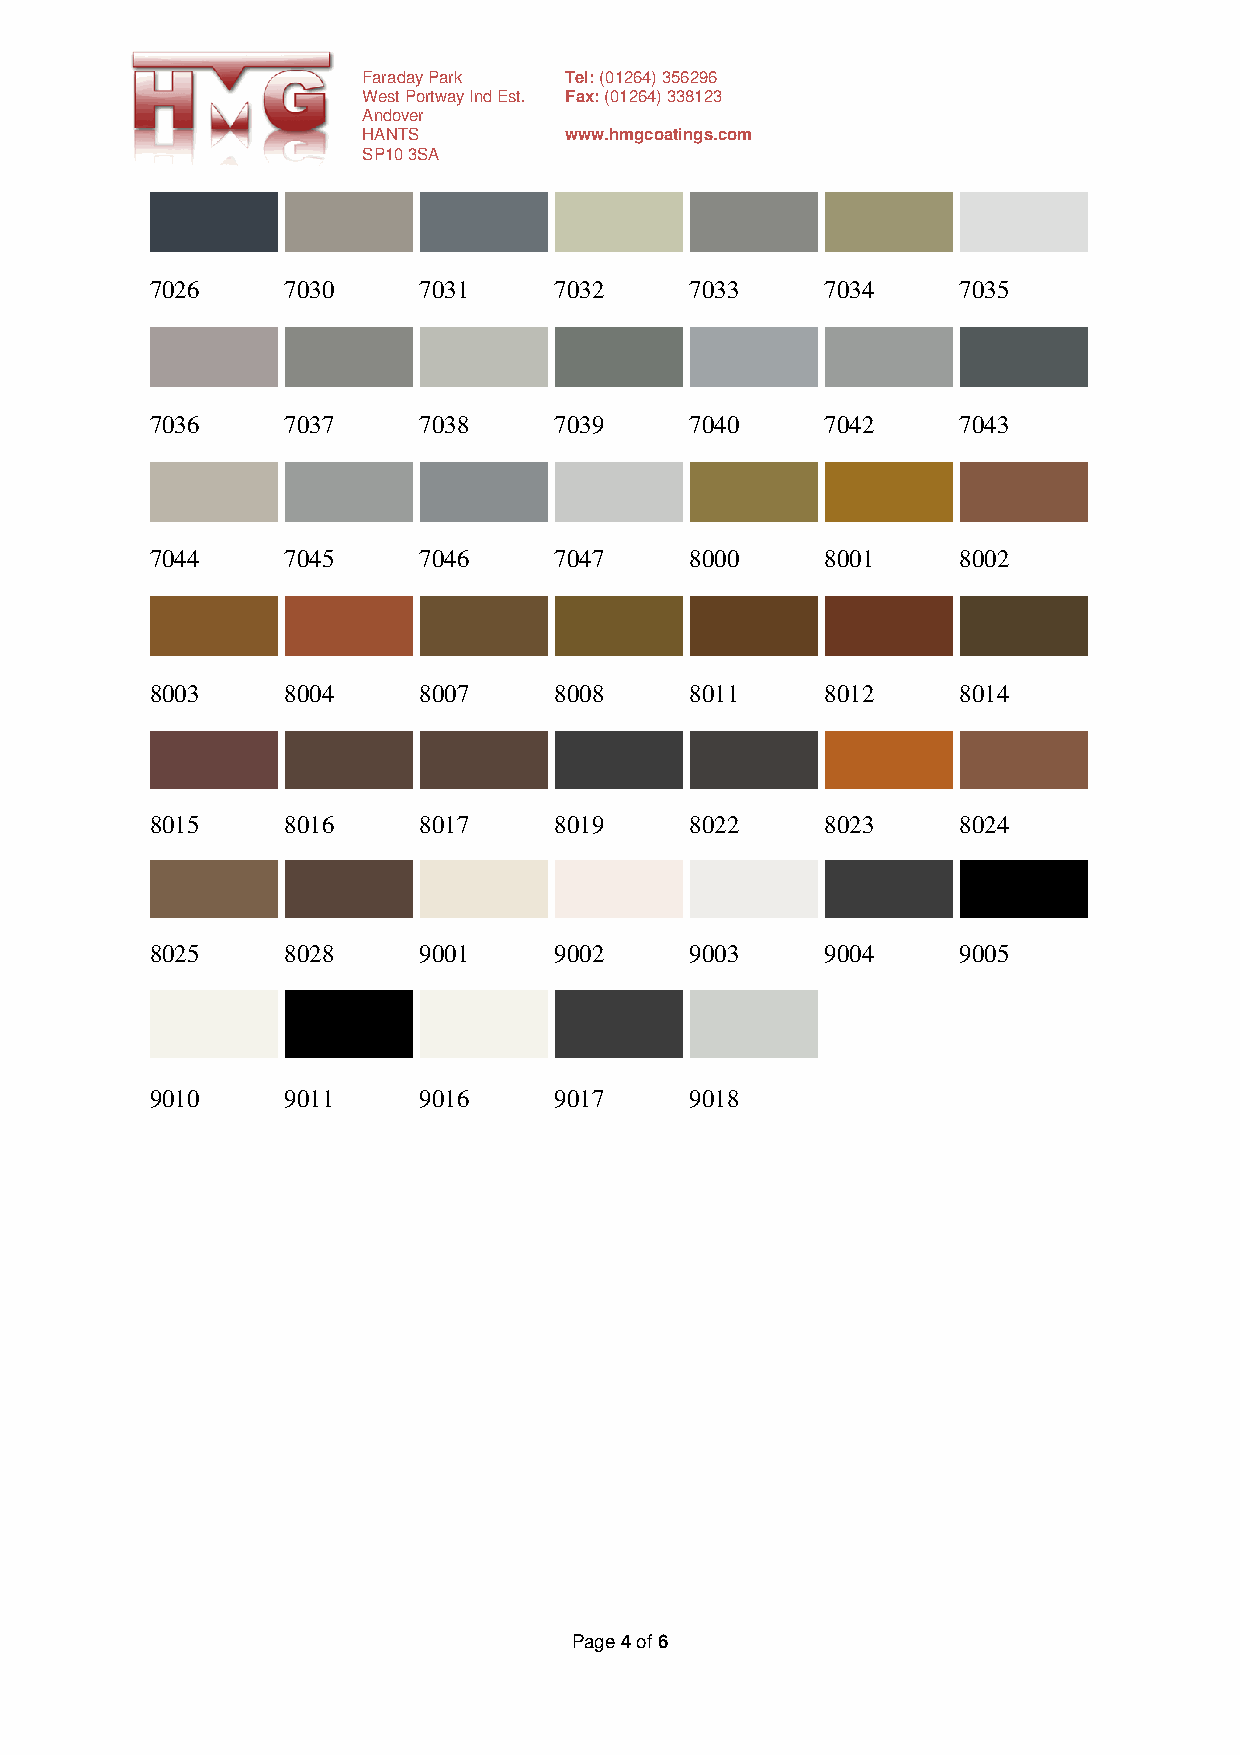
Faraday Park Tel: (01264) 356296
 West Portway Ind Est. Fax: (01264) 338123
 Andover
 HANTS        www.hmgcoatings.com
 SP10 3SA
 7026     7030     7031     7032     7033     7034     7035
 7036     7037     7038     7039     7040     7042     7043
 7044     7045     7046     7047     8000     8001     8002
 8003     8004     8007     8008     8011     8012     8014
 8015     8016     8017     8019     8022     8023     8024
 8025     8028     9001     9002     9003     9004     9005
 9010     9011     9016     9017     9018
 Page 4 of 6